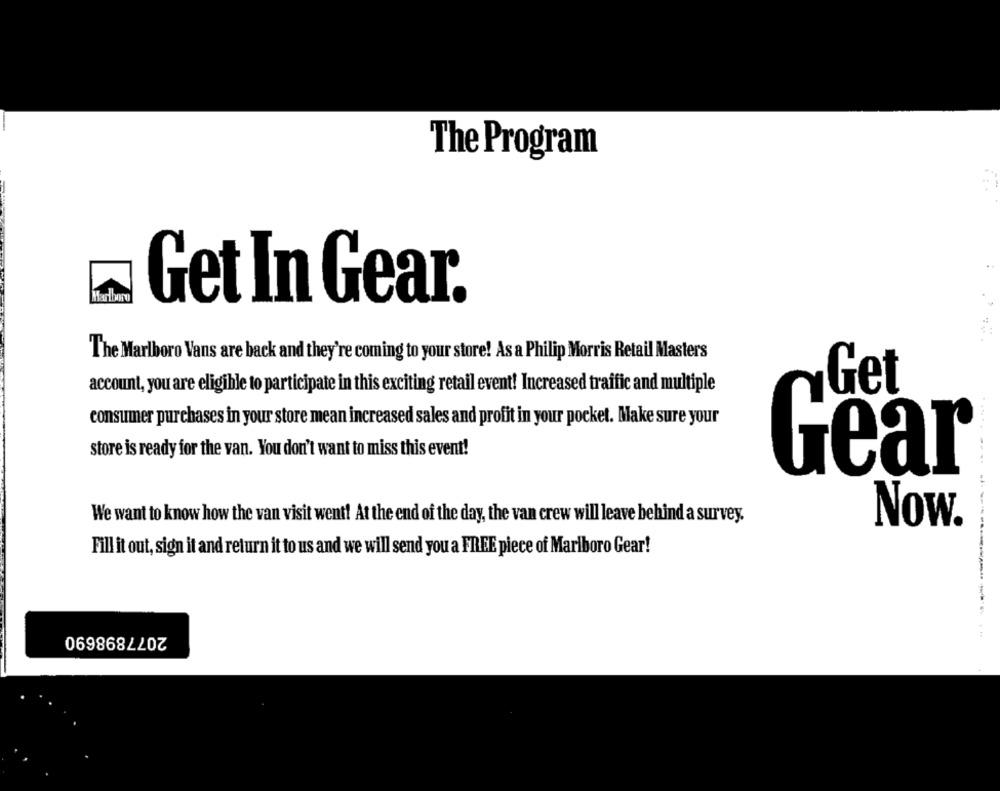
The Program
Maribor
Get In Gear.
The Marlboro Vans are back and they're coming to your store! As a Philip Morris Retail Masters
account, you are eligible to participate in this exciting retail event! Increased traffic and multiple
Get
consumer purchases in your store mean increased sales and profit in your pocket. Make sure your
store is ready for the van. You don't want to miss this event!
Gear
We want to know how the van visit went! At the end of the day, the van crew will leave behind a survey.
Now.
Fill it out, sign it and return it to us and we will send you a FREE piece of Marlboro Gear!
2077898690